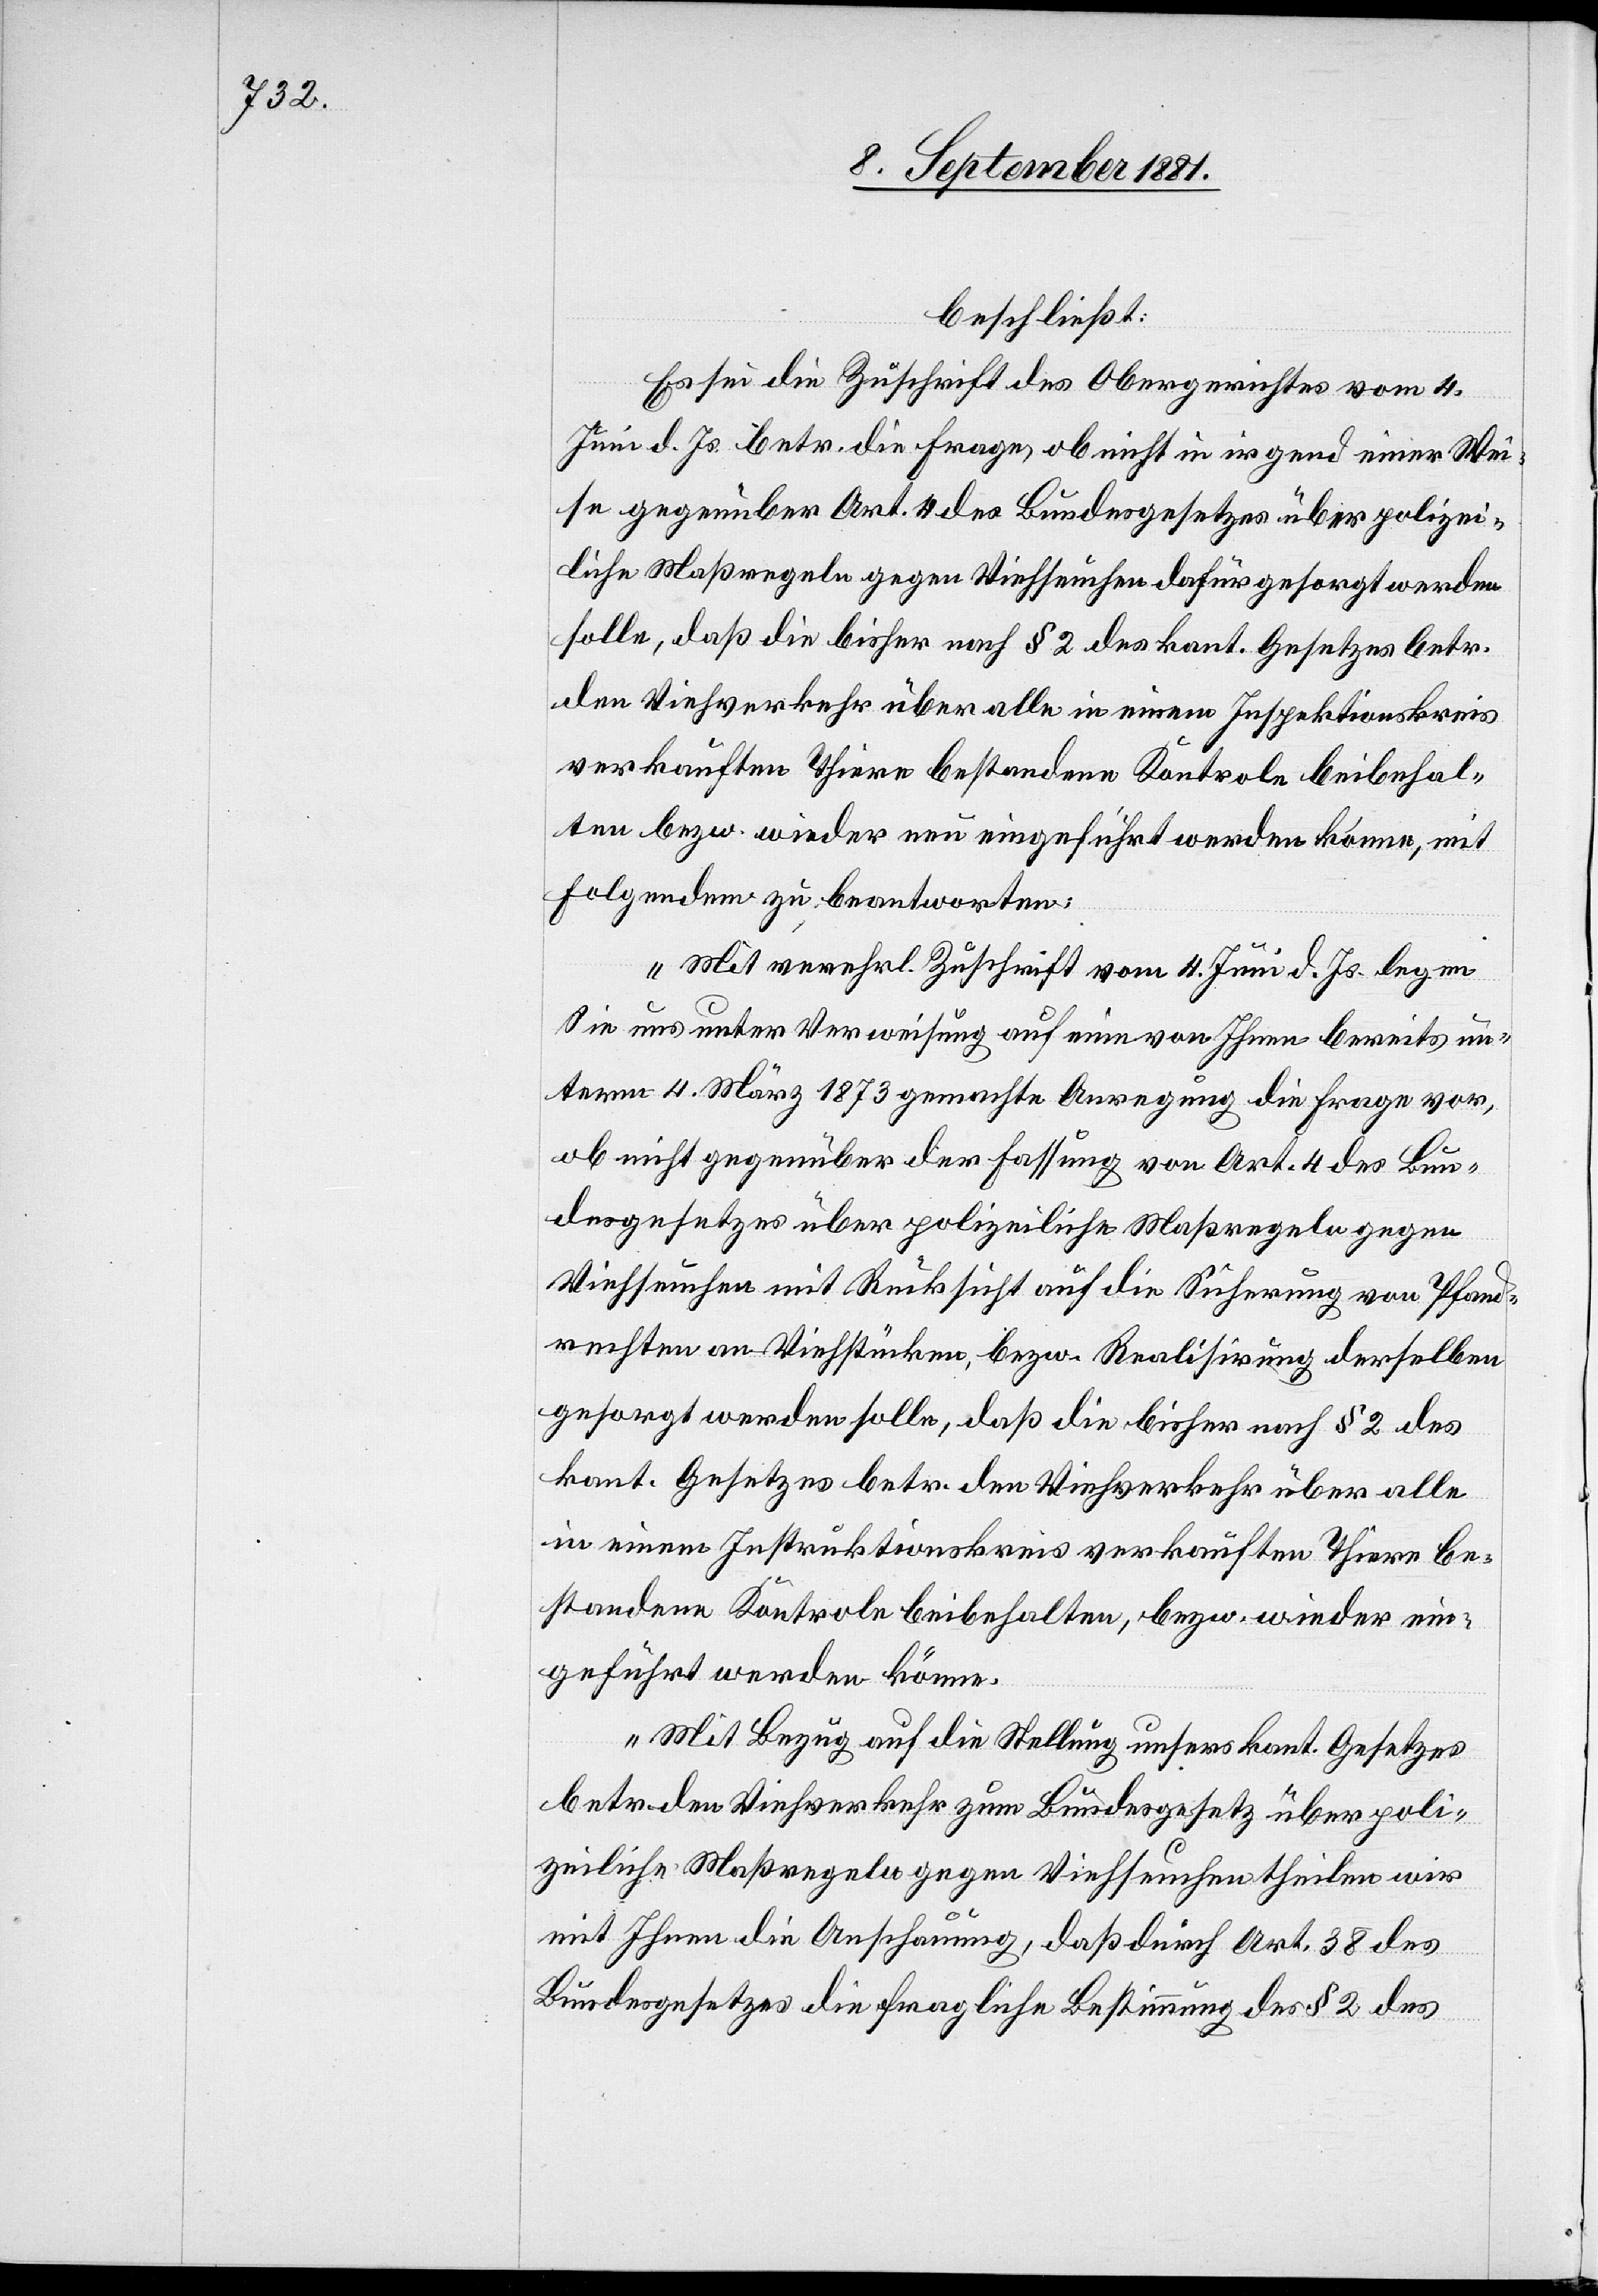
beschließt:
Es sei die Zuschrift des Obergerichtes vom 4.
Juni d. Js. betr. die Frage, ob nicht in irgend einer Wei¬
se gegenüber Art. 4 des Bundesgesetzes über polizei¬
liche Maßregeln gegen Viehseuchen dafür gesorgt werden
solle, daß die bisher nach § 2 des kant. Gesetzes betr.
den Vieverkehr über alle in einem Inspektionskreis
verkauften Thiere bestandene Kontrole beibehal¬
ten bezw. wieder neu eingeführt werden könne, mit
Folgendem zu beantworten:
„Mit verehrl. Zuschrift vom 4. Juni d. Js. leben
Sie uns unter Verweisung auf eine von Ihnen bereits un¬
term 4. März 1873 gemachte Anregung die Frage vor,
ob nicht gegenüber der Fassung von Art. 4 des Bun¬
desgesetzes über politische Maßregelungen
Viehseuchen mit Rücksicht auf die Sicherung von Pfand¬
rechten an Viehstücken, bezw. Realisierung derselben
gesorgt werden solle, daß die bisher nach § 2 des
kant. Gesetzes betr. den Viehverkehr über alle
in einem Instruktionskreis verkauften Thiere be¬
standene Kontrole beibehalten, bezw. wieder ein¬
geführt werden könne.
Mit Bezug auf die Stellung unsers kant. Gesetzes
betr. den Viehverkehr zum Bundesgesetz über poli¬
zeiliche Maßregeln gegen Viehseuchen theilen wir
mit Ihnen die Anschauung, daß durch Art. 38 des
Bundesgesetzes die fragliche Bestimmung des § 2 des